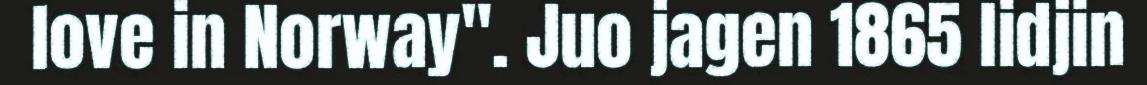
love in Norway". Juo jagen 1865 lidjin